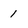
Character: 1